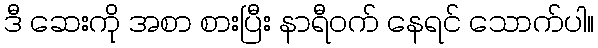
ဒီ ဆေးကို အစာ စားပြီး နာရီဝက် နေရင် သောက်ပါ။